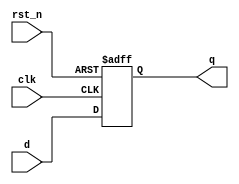
/**********************************************************************
 * DO WHAT THE FUCK YOU WANT TO AND DON'T BLAME US PUBLIC LICENSE     *
 *                    Version 3, April 2008                           *
 *                                                                    *
 * Copyright (C) 2018 Luke Wren                                       *
 *                                                                    *
 * Everyone is permitted to copy and distribute verbatim or modified  *
 * copies of this license document and accompanying software, and     *
 * changing either is allowed.                                        *
 *                                                                    *
 *   TERMS AND CONDITIONS FOR COPYING, DISTRIBUTION AND MODIFICATION  *
 *                                                                    *
 * 0. You just DO WHAT THE FUCK YOU WANT TO.                          *
 * 1. We're NOT RESPONSIBLE WHEN IT DOESN'T FUCKING WORK.             *
 *                                                                    *
 *********************************************************************/

module delay_ff #(
	parameter W = 1,
	parameter N = 1
) (
	input wire clk,
	input wire rst_n,

	input wire [W-1:0] d,
	output wire [W-1:0] q
);

generate
if (N == 0) begin: nodelay

	assign q = d;

end else begin: delay

	reg [W-1:0] delay_regs [0:N-1];
	integer i;
	always @ (posedge clk or negedge rst_n) begin
		if (!rst_n) begin
			for (i = 0; i < N; i = i + 1) begin
				delay_regs[i] <= {W{1'b0}};
			end
		end else begin
			delay_regs[0] <= d;
			for (i = 0; i < N - 1; i = i + 1) begin
				delay_regs[i + 1] <= delay_regs[i];
			end
		end
	end

	assign q = delay_regs[N - 1];

end
endgenerate

endmodule